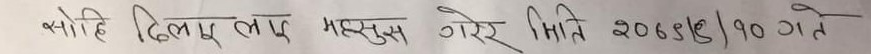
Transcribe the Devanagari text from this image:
येसो हि दिलप लाप महसुस गरेर मिति २०६४/१० गते